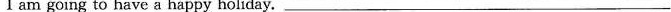
I am going to have a happy holiday。___